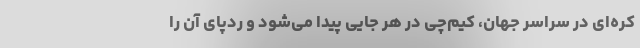
کره‌ای در سراسر جهان، کیم‌چی در هر جایی پیدا می‌شود و ردپای آن را